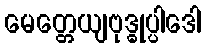
မေတ္တေယျဗုဒ္ဓုပ္ပါဒေါ